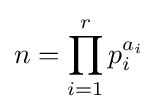
n=\prod _{i=1}^{r}p_{i}^{a_{i}}